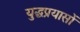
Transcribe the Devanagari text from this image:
युद्धप्रयासों